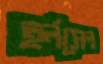
হর্নসেল